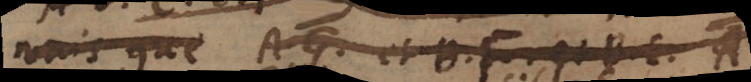
vois que A, G, et B, F et B, E, et